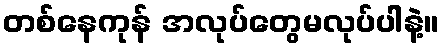
တစ်နေကုန် အလုပ်တွေမလုပ်ပါနဲ့။